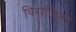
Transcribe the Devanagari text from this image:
विराजितो